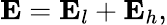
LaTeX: {\mathbf E}={\mathbf E}_{l}+{\mathbf E}_{h},